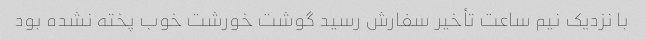
با نزدیک نیم ساعت تأخیر سفارش رسید گوشت خورشت خوب پخته نشده بود